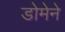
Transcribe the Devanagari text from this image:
डोमेने